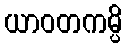
ယာဝတကမ္ပိ